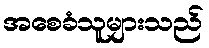
အစေခံသူများသည်